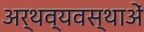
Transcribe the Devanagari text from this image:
अर्थव्यवस्थाअें